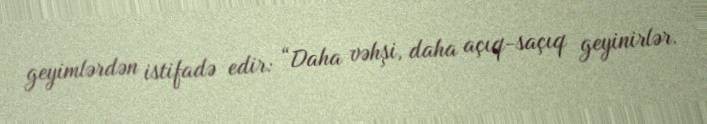
geyimlərdən istifadə edir: “Daha vəhşi, daha açıq-saçıq geyinirlər.